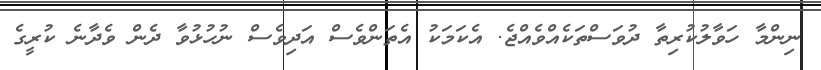
ނިންމާ ހަވާލުކުރިތާ ދުވަސްތަކެއްވެއްޖެ. އެކަމަކު އެތަންވެސް އަދިވެސް ނުހުޅުވާ ދެން ވެދާނެ ކުރީގެ